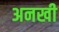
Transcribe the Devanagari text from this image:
अनखी